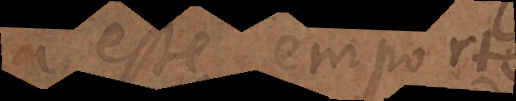
a esté emporté,